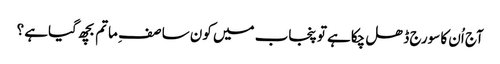
آج اُن کا سورج ڈھل چکاہے تو پنجاب میں کون سا صف ِ ماتم بچھ گیاہے ؟